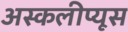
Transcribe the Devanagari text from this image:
अस्कलीप्यूस